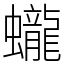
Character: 蠬